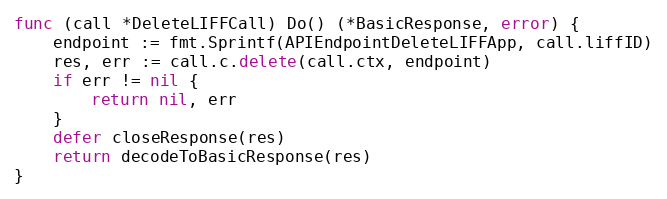
Language: Go
func (call *DeleteLIFFCall) Do() (*BasicResponse, error) {
	endpoint := fmt.Sprintf(APIEndpointDeleteLIFFApp, call.liffID)
	res, err := call.c.delete(call.ctx, endpoint)
	if err != nil {
		return nil, err
	}
	defer closeResponse(res)
	return decodeToBasicResponse(res)
}